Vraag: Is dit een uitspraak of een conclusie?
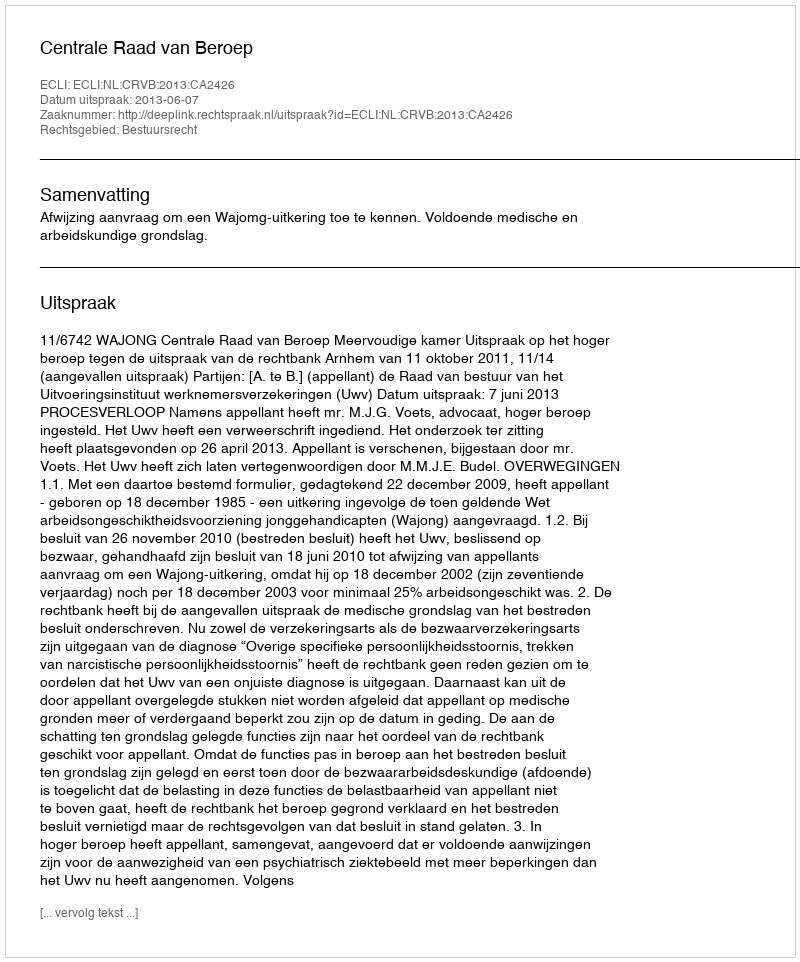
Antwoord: Uitspraak